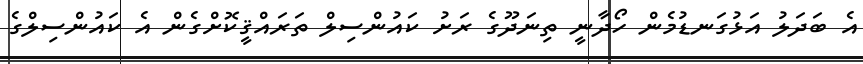
އެ ބަދަލު އަޅުގަނޑުމެން ހޯދާނީ ތިނަދޫގެ ރަށު ކައުންސިލް ތަރައްޤީކޮށްގެން އެ ކައުންސިލްގެ